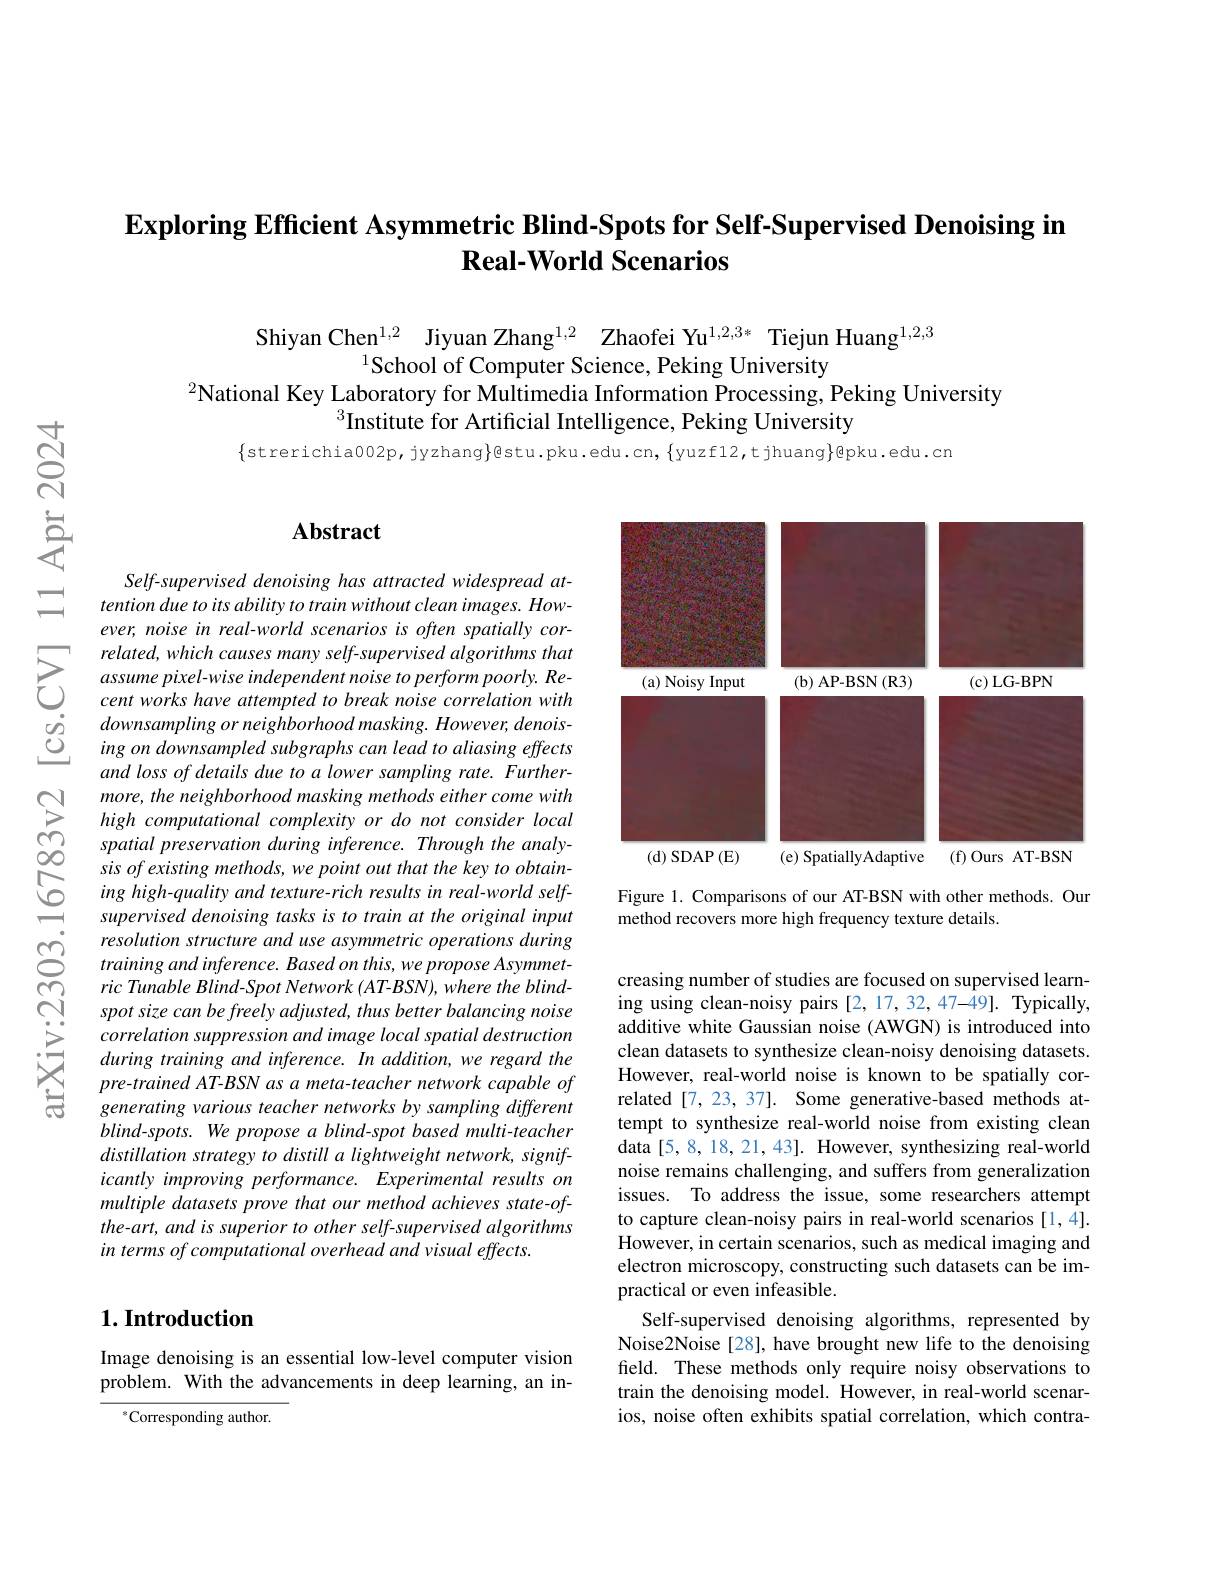
## $\textbf{Exploring Efficient Asymmetric Blind- Spots for Self- Supervised Denoising in}$ Real-World Scenarios

Shiyan Chen$^{1,2}$ Jiyuan Zhang$^{1,2}$ Zhaofei Yu$^{1,2,3*}$ Tiejun Huang$^{1,2,3}$
$^{1}$School of Computer Science, Peking University
$^{2}$National Key Laboratory for Multimedia Information Processing, Peking University
$^{3}$Institute for Artificial Intelligence, Peking University
$$\{$strerichia002p,jyzhang$\}$@stu.pku.edu.cn,{yuzf12,tjhuang}@$pku.edu.cn

$స్రే$

### $\mathbf{Abstract}$

Self-supervised denoising has attracted widespread attention due to its ability to train without clean images. However, noise in real-world scenarios is often spatially cor-
$\sum_{\begin{array}{ccc}&related,which~causes~many~self-supervised~algorithms~that\\&assume~pixel-wise~independent~noise~to~perform~poorly.~Re-\\&cent~works~have~attempted~to~break~noise~correlation~with\end{array}}$ $\begin{array}{lll}\dot{o}&downsampling\:or\:neighborhood\:masking.\:However,\:denois-\\\dot{O}&ing\:on\:downsampled\:subgraphs\:can\:lead\:to\:aliasing\:effects\end{array}$
and loss of details due to a lower sampling rate. Furthermore, the neighborhood masking methods either come with high computational complexity or do not consider local spatial preservation during inference. Through the analy-
sis $of$ existing $methods$, $we$ point out that the key $to$ $obtain-$ ing high- quality and texture- rich results in real- world self- supervised denoising tasks $is$ $to$ train $at$ the original input
resolution structure and use asymmetric operations during training and inference. Based on this, we propose Asymmet- $ric\textit{Tunable Blind- Spot Network ( AT- BSN) , where the blind- I pric Tunable Blind- Spot Network ( AT- BSN) , where the blind- I pris pris pris pris pris pris pris pris pris pris pris pris pris pris pis pris pis pris pis pis pis pis pis pis pis pis pis pis}$ spot size can be freely adjusted, thus better balancing noise correlation suppression and image local spatial destruction during training and inference. In addition, we regard the pre-trained AT-BSN as a meta-teacher network capable of generating various teacher networks by sampling different $blind-spots.We$ propose a blind-spot based multi-teacher $distillationstrategytodistillalightweightnetwork,signif-$ icantly improving performance. Experimental results on multiple datasets prove that our method achieves state-ofthe-art, and is superior to other self-supervised algorithms in terms of computational overhead and visual effects.

## $1. \textbf{Introduction}$

Image denoising is an essential low-level computer vision problem. With the advancements in deep learning, an in-

$^{*}$Corresponding author.

<FigureHere>

Figure 1. Comparisons of our AT-BSN with other methods. Our
method recovers more high frequency texture details.

creasing number of studies are focused on supervised learning using clean-noisy pairs [2,17,32,47-49]. Typically, additive white Gaussian noise (AWGN) is introduced into clean datasets to synthesize clean-noisy denoising datasets However, real-world noise is known to be spatially correlated [7,23,37]. Some generative-based methods attempt to synthesize real-world noise from existing clean data [5,8,18,21,43]. However, synthesizing real-world noise remains challenging, and suffers from generalization issues. To address the issue, some researchers attempt to capture clean-noisy pairs in real-world scenarios [1,4]. However, in certain scenarios, such as medical imaging and electron microscopy, constructing such datasets can be impractical or even infeasible.
Self-supervised denoising algorithms, represented by Noise2Noise [28], have brought new life to the denoising field. These methods only require noisy observations to train the denoising model. However, in real-world scenarios, noise often exhibits spatial correlation, which contra-